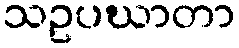
သဥပဃာတာ